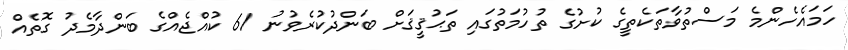
ހަމައެހެންމެ މަސްތުވާތަކެތީގެ ކުށުގެ ތުހުމަތުގައި ތަޙުޤީޤަށް ބަންދުކުރެވުނު 61 ކުއްޖެއްގެ ބަންދާމެދު ގޮތެއް